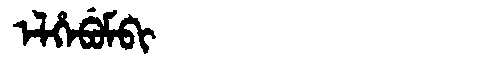
Manchu: ᡝᠯᡥᡝᠪᡠᠮᠪᡳ
Romanization: ELHEBUMBI